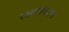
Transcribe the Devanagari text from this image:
रक्षासंगठन